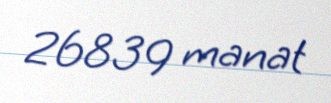
26839 manat